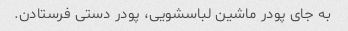
به جای پودر ماشین لباسشویی، پودر دستی فرستادن.